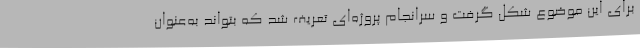
برای این موضوع شکل گرفت و سرانجام پروژه‌ای تعریف شد که بتواند به‌عنوان